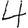
Digit: 4